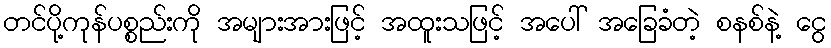
တင်ပို့ကုန်ပစ္စည်းကို အများအားဖြင့် အထူးသဖြင့် အပေါ် အခြေခံတဲ့ စနစ်နဲ့ ငွေ